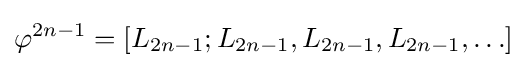
\varphi ^{2n-1}=[L_{2n-1};L_{2n-1},L_{2n-1},L_{2n-1},\ldots ]